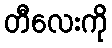
တီလေးကို